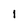
Character: 1